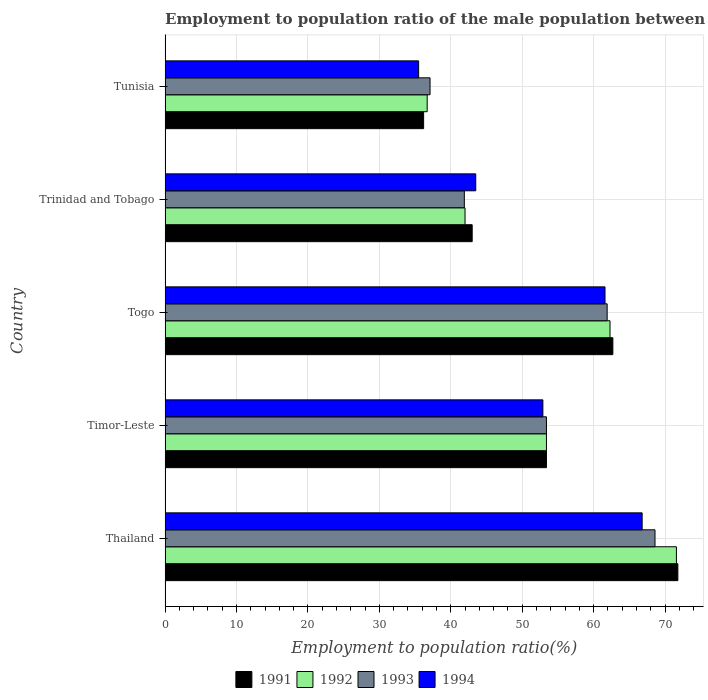
| Country | 1991 | 1992 | 1993 | 1994 |
 | --- | --- | --- | --- | --- |
 | Thailand | 71.8 | 71.6 | 68.6 | 66.8 |
 | Timor-Leste | 53.4 | 53.4 | 53.4 | 52.9 |
 | Togo | 62.7 | 62.3 | 61.9 | 61.6 |
 | Trinidad and Tobago | 43 | 42 | 41.9 | 43.5 |
 | Tunisia | 36.2 | 36.7 | 37.1 | 35.5 |